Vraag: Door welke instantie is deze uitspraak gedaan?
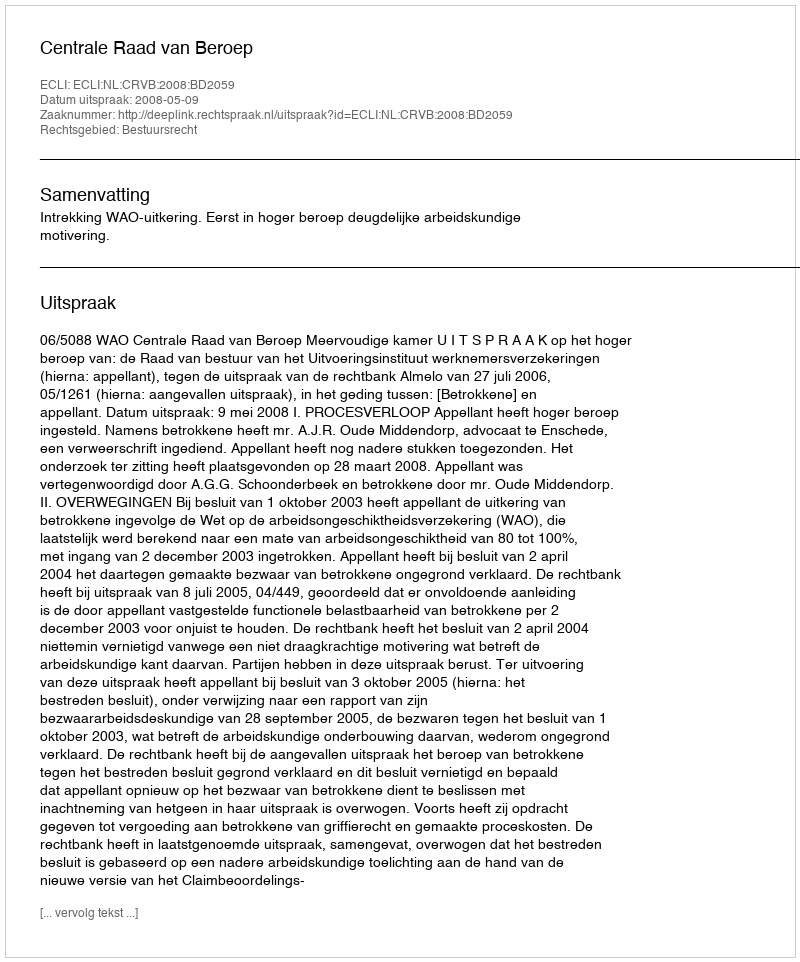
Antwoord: Centrale Raad van Beroep